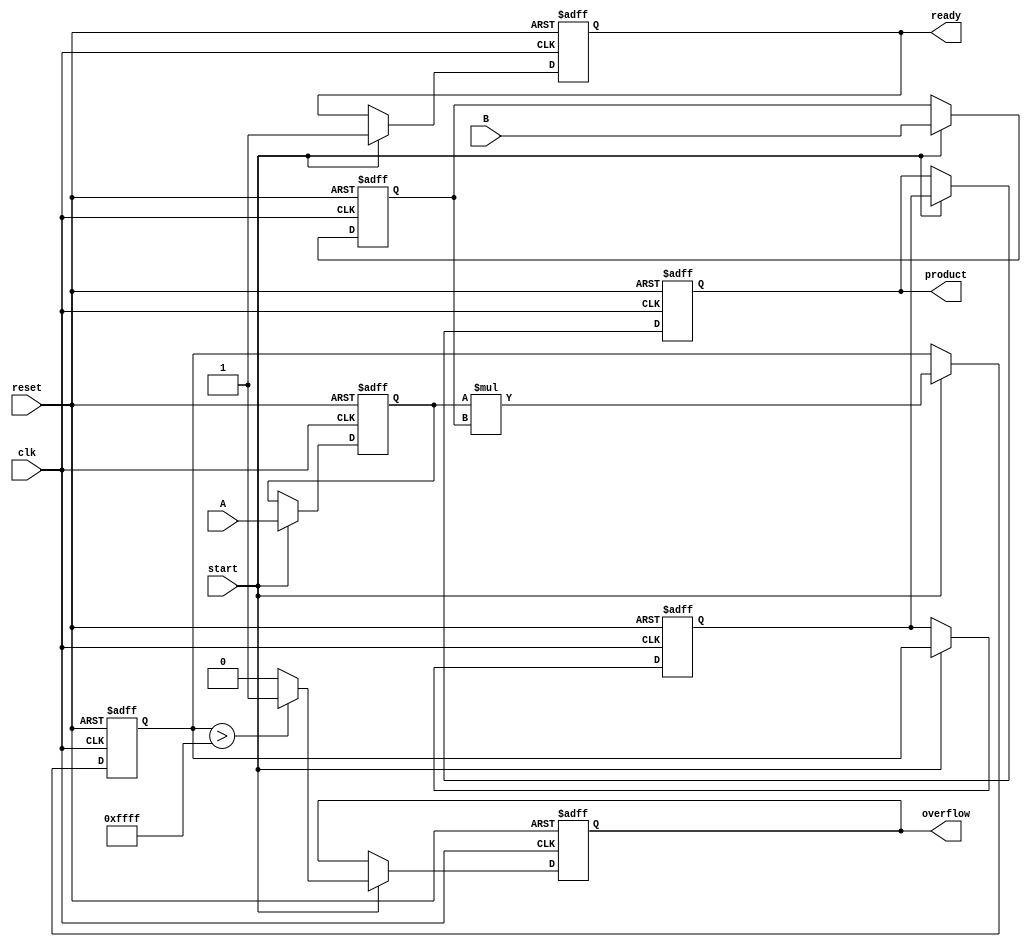
module streaming_multiplier #(
    parameter DATA_WIDTH = 16, // Configurable data width
    parameter PIPELINE_STAGES = 2 // Number of pipeline stages
)(
    input wire clk,
    input wire reset,
    input wire start,
    input wire [DATA_WIDTH-1:0] A, // Input stream A
    input wire [DATA_WIDTH-1:0] B, // Input stream B
    output reg [2*DATA_WIDTH-1:0] product, // Output product
    output reg ready, // Output ready signal
    output reg overflow // Overflow detection
);

    // Internal signals for pipelining
    reg [DATA_WIDTH-1:0] A_pipeline [0:PIPELINE_STAGES-1];
    reg [DATA_WIDTH-1:0] B_pipeline [0:PIPELINE_STAGES-1];
    reg [2*DATA_WIDTH-1:0] product_pipeline [0:PIPELINE_STAGES-1];

    integer i;

    // Reset and initialization
    always @(posedge clk or posedge reset) begin
        if (reset) begin
            ready <= 1'b0;
            overflow <= 1'b0;
            product <= 0;
            for (i = 0; i < PIPELINE_STAGES; i = i + 1) begin
                A_pipeline[i] <= 0;
                B_pipeline[i] <= 0;
                product_pipeline[i] <= 0;
            end
        end else if (start) begin
            // Shift pipeline for new data
            for (i = PIPELINE_STAGES-1; i > 0; i = i - 1) begin
                A_pipeline[i] <= A_pipeline[i-1];
                B_pipeline[i] <= B_pipeline[i-1];
                product_pipeline[i] <= product_pipeline[i-1];
            end
            
            // Load new data into the pipeline
            A_pipeline[0] <= A;
            B_pipeline[0] <= B;

            // Perform multiplication in the last stage
            product_pipeline[0] <= A_pipeline[0] * B_pipeline[0];

            // Check for overflow
            if (product_pipeline[0] > {1'b0, {DATA_WIDTH{1'b1}}}) begin
                overflow <= 1'b1; // Overflow condition
            end else begin
                overflow <= 1'b0;
            end

            // Update product output with the last stage result
            product <= product_pipeline[PIPELINE_STAGES-1];
            ready <= 1'b1; // Indicate output is ready
        end
    end

endmodule